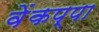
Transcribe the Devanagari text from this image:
वेंकप्पा